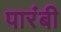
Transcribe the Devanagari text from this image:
पारंबी